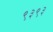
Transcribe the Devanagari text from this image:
९३९३